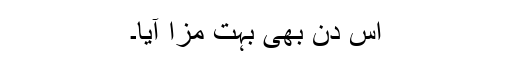
اس دن بھی بہت مزا آیا۔